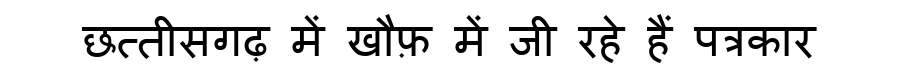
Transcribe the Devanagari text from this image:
छत्तीसगढ़ में खौफ़ में जी रहे हैं पत्रकार